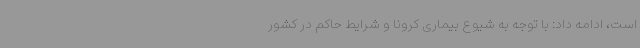
است، ادامه داد: با توجه به شیوع بیماری کرونا و شرایط حاکم در کشور